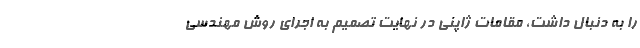
را به دنبال داشت، مقامات ژاپنی در نهایت تصمیم به اجرای روش مهندسی